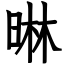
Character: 晽